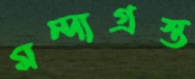
মন্দাগ্রস্ত